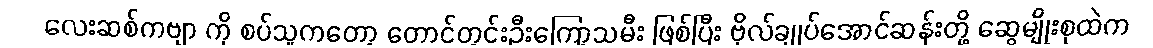
လေးဆစ်ကဗျာ ကို စပ်သူကတော့ တောင်တွင်းဦးကြော့သမီး ဖြစ်ပြီး ဗိုလ်ချုပ်အောင်ဆန်းတို့ ဆွေမျိုးစုထဲက